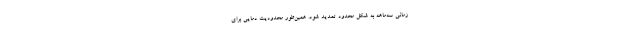
زمانی سه‌ماهه به شکل محدود تمدید شود. همین‌طور محدودیت دمایی برای